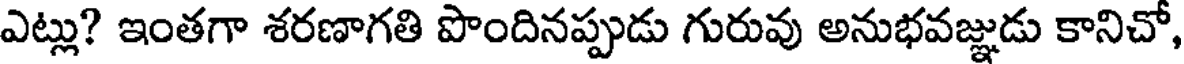
ఎట్లు? ఇంతగా శరణాగతి పొందినప్పుడు గురువు అనుభవజ్ఞుడు కానిచో,